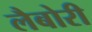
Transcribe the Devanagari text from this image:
लैबोरी